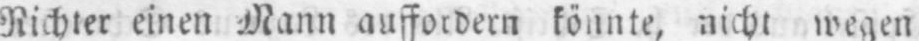
auffordern könnte, nicht wegen